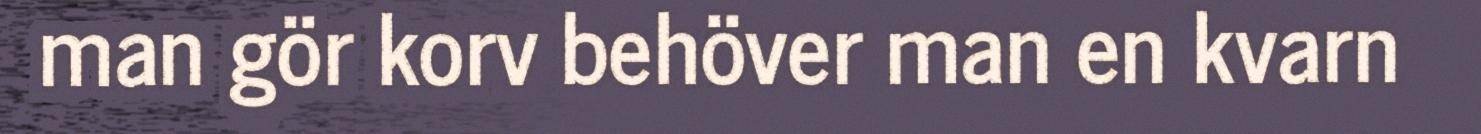
man gör korv behöver man en kvarn